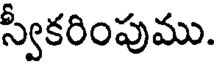
స్వీకరింపుము.